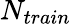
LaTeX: N_{train}